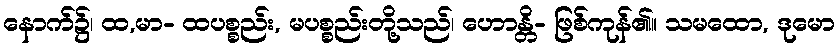
နောက်၌၊ ထ,မာ- ထပစ္စည်း, မပစ္စည်းတို့သည်၊ ဟောန္တိ- ဖြစ်ကုန်၏။ သမထော, ဒုမော